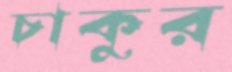
চাকুর